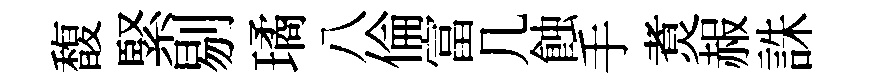
馥緊剔璚八倫富几蝕手煑赧誅